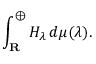
\int _ { \mathbf { R } } ^ { \oplus } H _ { \lambda } \, d \mu ( \lambda ) .